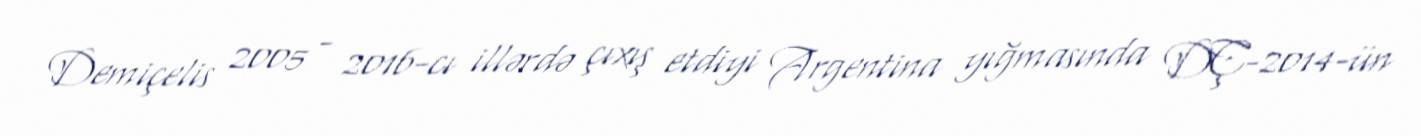
Demiçelis 2005 - 2016-cı illərdə çıxış etdiyi Argentina yığmasında DÇ-2014-ün